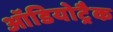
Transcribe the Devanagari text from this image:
ऑडियोट्रैक